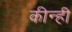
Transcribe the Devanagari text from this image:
कीन्‍ही